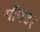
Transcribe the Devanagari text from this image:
गॉयटर